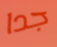
جدا